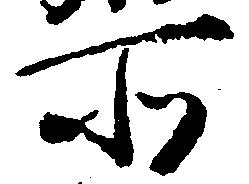
所